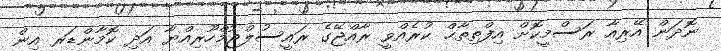
ނޮދަން އޭރިއާ ރަސްމީކޮށް އިފްތިތާޙް ކުރެއްވީ ރާއްޖޭގެ ރައީސުލްޖުމްހޫރިއްޔާ އަދި ކޮމާންޑަރ އިން